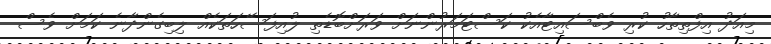
މިއަދު އިފްތިތާހު ކުރި ވެބްސައިޓާއެކު ކަސްޓަމަރުންނަށް ވަރަށްބޮޑެތި ލުއިފަސޭހަތަކެއް ލިބިގެންދާނެ ކަމަށް ވެސް